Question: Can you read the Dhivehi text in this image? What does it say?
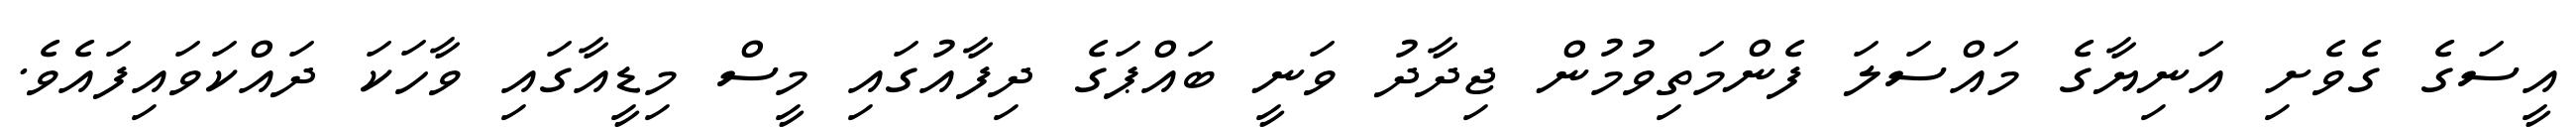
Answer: އީސަގެ ގެވެށި އަނިޔާގެ މައްސަލަ ފެންމަތިވުމުން ޖިދާދު ވަނީ ބައްޕަގެ ދިފާއުގައި މީސް މިޑީއާގައި ވާހަކަ ދައްކަވައިފައެވެ.